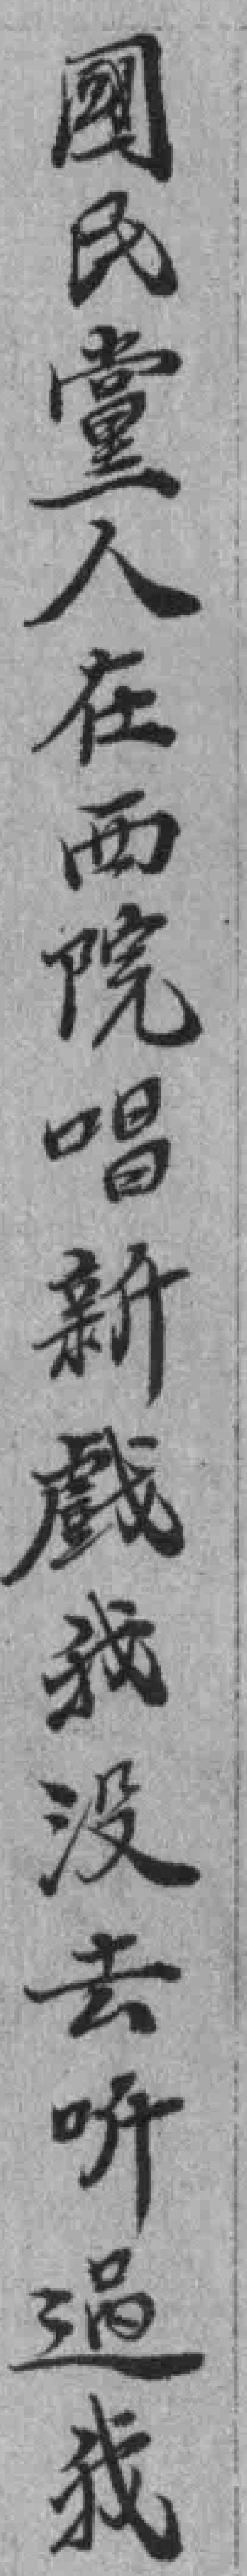
國民黨人在西院唱新戲我没去听過我